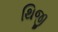
થિજી